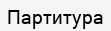
Партитура